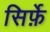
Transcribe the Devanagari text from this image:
सिर्फ़े